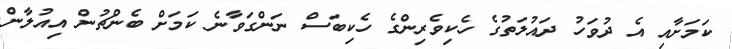
ކަމަށާއި އެ ދުވަހު ދައުލަތުގެ ހެކިވެރިންގެ ހެކިބަސް ނަންގަވާނެ ކަމަށް ބެންޗުން އިއުލާން